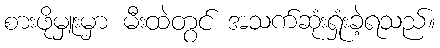
စားဖိုမှူးမှာ မီးထဲတွင် အသက်ဆုံးရှုံးခဲ့ရသည်။